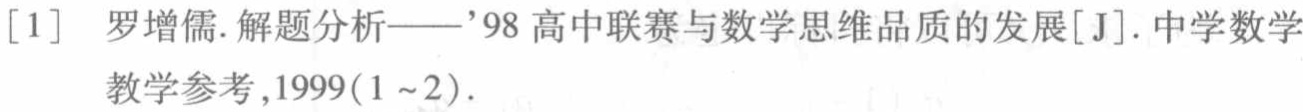
[1] 罗增儒. 解题分析——’98 高中联赛与数学思维品质的发展[J]. 中学数学教学参考,1999(1~2).